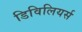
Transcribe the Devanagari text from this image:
डिविलियर्स